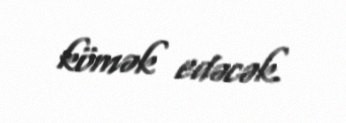
kömək edəcək.